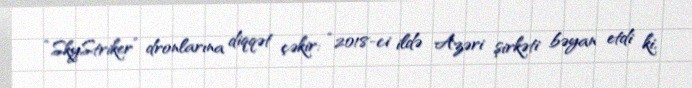
“SkyStriker” dronlarına diqqət çəkir: “2018-ci ildə Azəri şirkəti bəyan etdi ki,